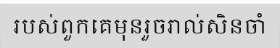
របស់ពួកគេមុនរួចរាល់សិនចាំ